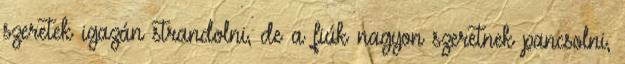
szeretek igazán strandolni, de a fiúk nagyon szeretnek pancsolni,